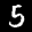
Label: 5